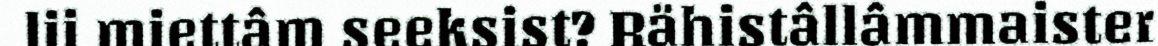
lii miettâm seeksist? Rähistâllâmmaister